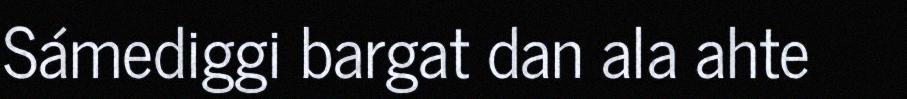
Sámediggi bargat dan ala ahte